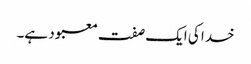
خدا کی ایک صفت معبود ہے۔